Annual report of the Prince of Wales Medical College, Patna
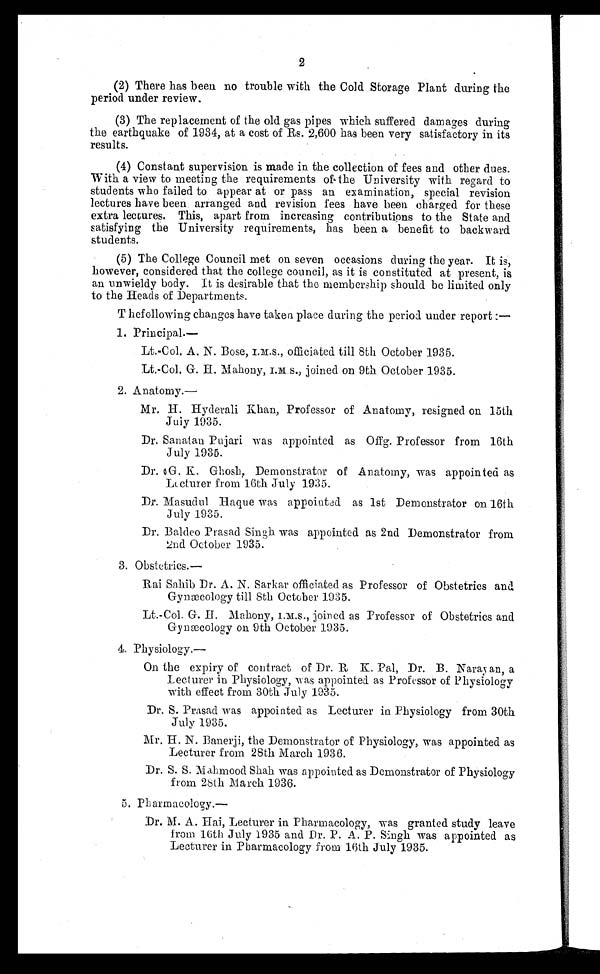
2
(2) There has been no trouble with the Cold Storage Plant during the
period under review.
(3) The replacement of the old gas pipes which suffered damages during
the earthquake of 1934, at a cost of Rs. 2,600 has been very satisfactory in its
results.
(4) Constant supervision is made in the collection of fees and other dues.
With a view to meeting the requirements of the University with regard to
students who failed to appear at or pass an examination, special revision
lectures have been arranged and revision fees have been charged for these
extra lectures. This, apart from increasing contributions to the State and.
satisfying the University requirements, has been a benefit to backward
students.
(5) The College Council met on seven occasions during the year. It is,
however, considered that the college council, as it is constituted at present, is
an unwieldy body. It is desirable that the membership should be limited only
to the Heads of Departments.
The following changes have taken place during the period under report
:—
1. Principal.—
Lt.-Col. A. N. Bose, I.M.S., officiated till 8th October 1935.
Lt.-Col. G. H. Mahony,
I.M.S., joined on 9th October 1935.
2. Anatomy.—
Mr. H. Hyderali Khan, Professor of Anatomy, resigned on 15th
July 1935.
Dr. Sanatan Pujari was appointed as Offg. Professor from 16th
July 1935.
Dr. G. K. Ghosh, Demonstrator of Anatomy, was appointed as
Lecturer from 16th July 1935.
Dr. Masudul Haque was appointed as 1st Demonstrator on 16th
July 1935.
Dr. Baldeo Prasad Singh was appointed as 2nd Demonstrator from
2nd October 1935.
3. Obstetrics.—
Rai Sahib Dr. A. N. Sarkar officiated as Professor of Obstetrics and
Gynæcology till 8th October 1935.
Lt.-Col. G. H. Mahony, I.M.S., joined as Professor of Obstetrics and
Gynæcology on 9th October 1935.
4. Physiology.—
On the expiry of contract of Dr. R K. Pal, Dr. B. Naray an, a
Lecturer in Physiology, was appointed as Professor of Physiology
with effect from 30th July 1935.
Dr. S. Prasad was appointed as Lecturer in Physiology from 30th
July 1935.
Mr. H. N. Banerji, the Demonstrator of Physiology, was appointed as
Lecturer from 28th March 1936.
Dr. S. S. Mahmood Shah was appointed as Demonstrator of Physiology
from 28th March 1936.
5. Pharmacology.—
Dr. M. A. Hai, Lecturer in Pharmacology, was granted study leave
from 16th July 1935 and Dr. P. A. P. Singh was appointed as
Lecturer in Pharmacology from 16th July 1935.